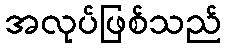
အလုပ်ဖြစ်သည်